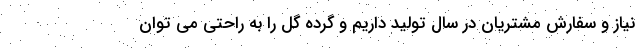
نیاز و سفارش مشتریان در سال تولید داریم و گرده گل را به راحتی می توان